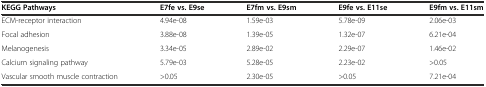
<table><thead><tr><td><b>KEGG Pathways</b></td><td><b>E7fe vs. E9se</b></td><td><b>E7fm vs. E9sm</b></td><td><b>E9fe vs. E11se</b></td><td><b>E9fm vs. E11sm</b></td></tr></thead><tbody><tr><td>ECM-receptor interaction</td><td>4.94e-08</td><td>1.59e-03</td><td>5.78e-09</td><td>2.06e-03</td></tr><tr><td>Focal adhesion</td><td>3.88e-08</td><td>1.39e-05</td><td>1.32e-07</td><td>6.21e-04</td></tr><tr><td>Melanogenesis</td><td>3.34e-05</td><td>2.89e-02</td><td>2.29e-07</td><td>1.46e-02</td></tr><tr><td>Calcium signaling pathway</td><td>5.79e-03</td><td>5.28e-05</td><td>2.23e-02</td><td>&gt;0.05</td></tr><tr><td>Vascular smooth muscle contraction</td><td>&gt;0.05</td><td>2.30e-05</td><td>&gt;0.05</td><td>7.21e-04</td></tr></tbody></table>